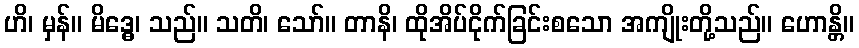
ဟိ၊ မှန်။ မိဒ္ဓေ၊ သည်။ သတိ၊ သော်။ တာနိ၊ ထိုအိပ်ငိုက်ခြင်းစသော အကျိုးတို့သည်။ ဟောန္တိ။